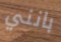
بانني